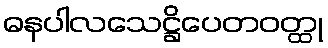
ဓနပါလသေဋ္ဌိပေတဝတ္ထု